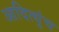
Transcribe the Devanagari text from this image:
आदित्युंच